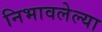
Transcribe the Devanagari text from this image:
निभावलेल्या